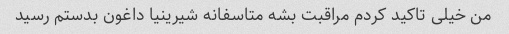
من خیلی تاکید کردم مراقبت بشه متاسفانه شیرینیا داغون بدستم رسید